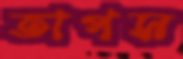
তাপস